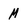
Character: M